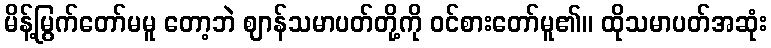
မိန့်မြွက်တော်မမူ တော့ဘဲ ဈာန်သမာပတ်တို့ကို ဝင်စားတော်မူ၏။ ထိုသမာပတ်အဆုံး